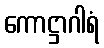
ကောဋ္ဌာဂါရံ